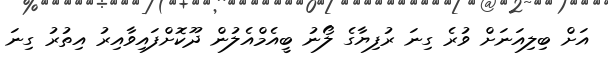
އަށް ބިލިއަނަށް ވުރެ ގިނަ ރުފިޔާގެ ލޯނު ބީއެމްއެލުން ދޫކޮށްފައިވާއިރު އިތުރު ގިނަ